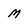
Character: M